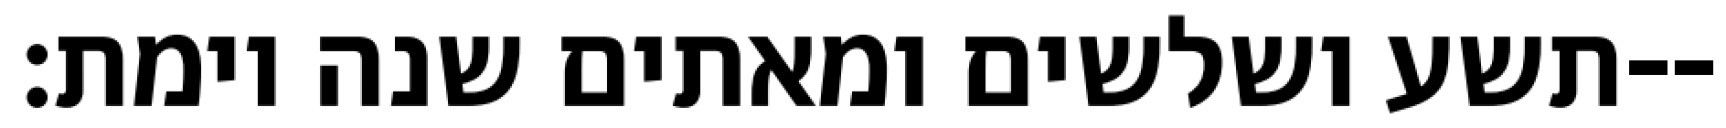
תשע ושלשים ומאתים שנה וימת׃--